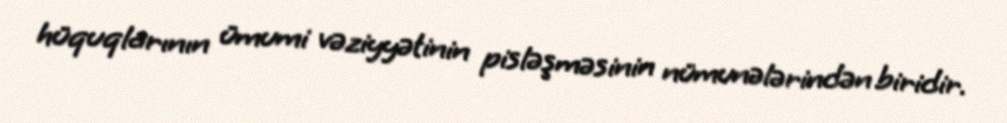
hüquqlarının ümumi vəziyyətinin pisləşməsinin nümunələrindən biridir.